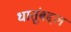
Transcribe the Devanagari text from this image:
धातूंबद्दल